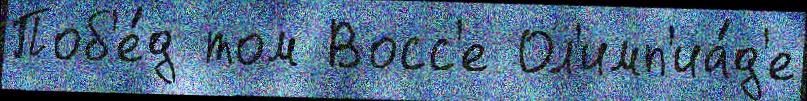
Поб'е́д том Восс'е Ол'имп'иа́д'е